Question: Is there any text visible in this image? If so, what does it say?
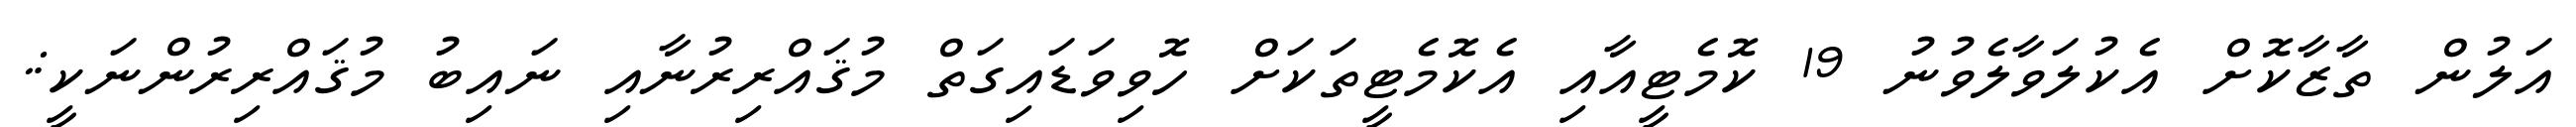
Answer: އަލުން ތާޒާކޮށް އެކުލަވާލެވުނު 19 ކޮމެޓީއާއި އެކޮމެޓީތަކަށް ހޮވިވަޑައިގަތް މުޤައްރިރުނާއި ނައިބު މުޤައްރިރުންނަކީ:.